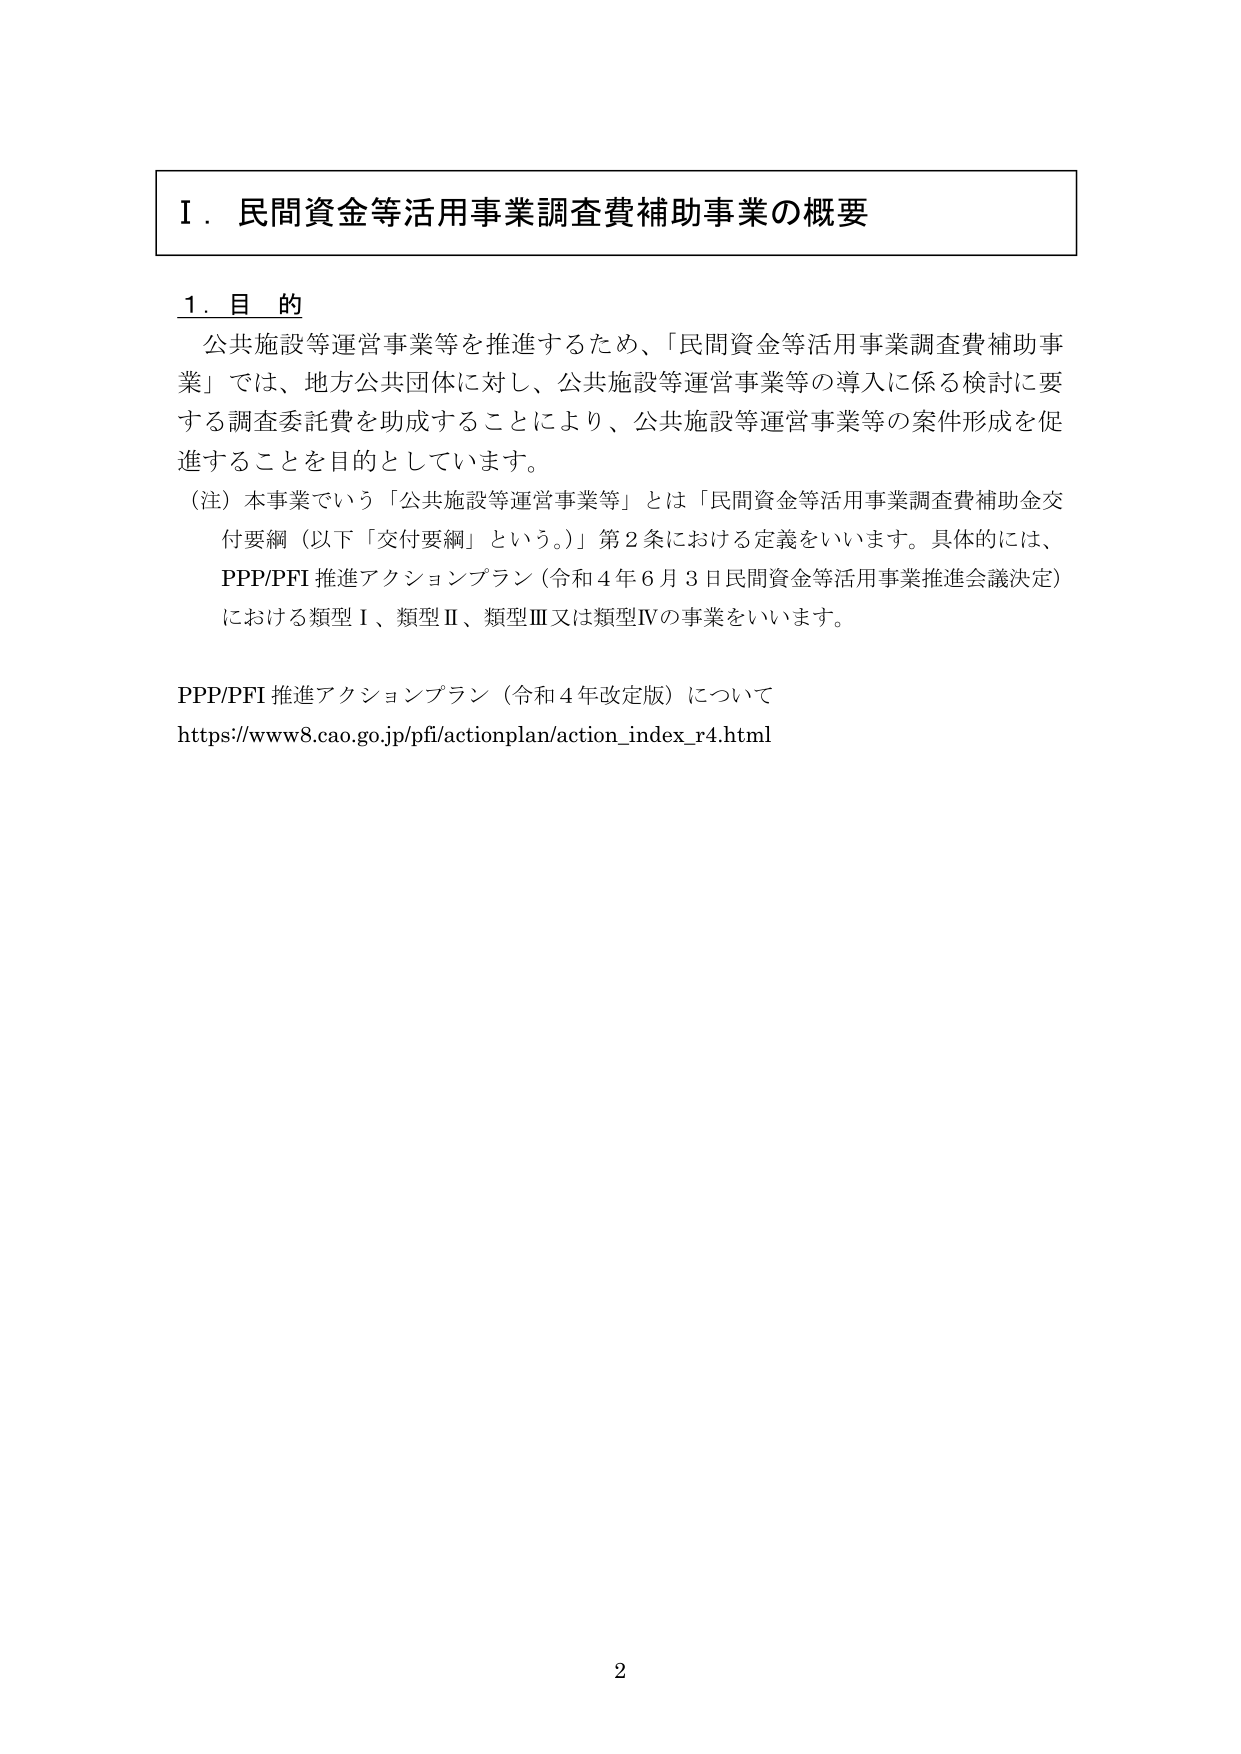
Ⅰ．民間資金等活用事業調査費補助事業の概要

１．目的
公共施設等運営事業等を推進するため、「民間資金等活用事業調査費補助事業」では、地方公共団体に対し、公共施設等運営事業等の導入に係る検討に要する調査委託費を助成することにより、公共施設等運営事業等の案件形成を促進することを目的としています。
（注）本事業でいう「公共施設等運営事業等」とは「民間資金等活用事業調査費補助金交付要綱（以下「交付要綱」という。）」第2条における定義をいいます。具体的には、
PPP/PFI推進アクションプラン（令和4年6月3日民間資金等活用事業推進会議決定）
における類型Ⅰ、類型Ⅱ、類型Ⅲ又は類型Ⅳの事業をいいます。

PPP/PFI推進アクションプラン（令和4年改定版）について
https://www8.cao.go.jp/pfi/actionplan/action_index_r4.html

2